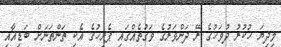
މިދިޔަ ހުކުރު ދުވަހުގެ ރޭ ދަންވަރުގެ ވަގުތެއްގައި ޕެރިހުގެ އެކި ތަންތަނަށް ބަޑިއާއި